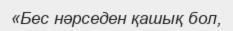
«Бес нәрседен қашық бол,